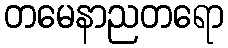
တမေနာညတရော